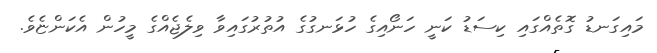
މައިގަނޑު ގޮތެއްގައި ކިސަޑު ކަނީ ހަނޯއިގެ ހުޅަނގުގެ އުތުރުގައިވާ ވިލެޖެއްގެ މީހުން އެކަންޏެވެ.